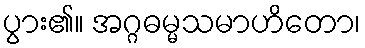
ပွား၏။ အဂ္ဂဓမ္မသမာဟိတော၊